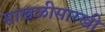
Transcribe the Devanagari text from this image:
साखळीसारखी